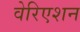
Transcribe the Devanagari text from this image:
वेरिएशन